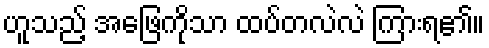
ဟူသည့် အဖြေကိုသာ ထပ်တလဲလဲ ကြားရ၏။